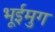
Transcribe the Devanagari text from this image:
भूईमुग